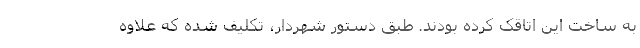
به ساخت این اتاقک کرده بودند. طبق دستور شهردار، تکلیف شده که علاوه